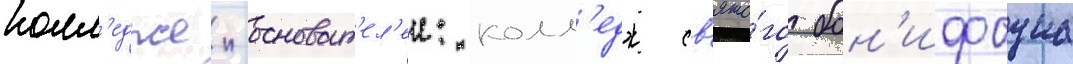
колл'еджеи-основат'ел'еи: колл'едж св'ято́го бон'ифациа